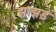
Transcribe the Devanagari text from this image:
झाझड़